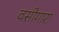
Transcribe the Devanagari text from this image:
वसीगारा